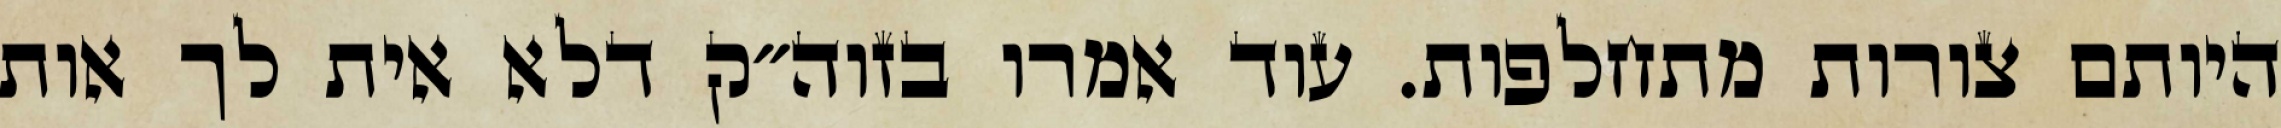
היותם צורות מתחלפות. עוד אמרו בזוה״ק דלא אית לך אות